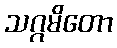
သဂ္ဂမိတော